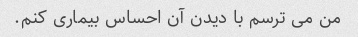
من می ترسم با دیدن آن احساس بیماری کنم.